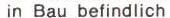
in Bau befindlich